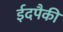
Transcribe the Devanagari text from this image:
ईदपैकी